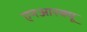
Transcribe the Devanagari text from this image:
एनआरक्यू